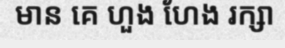
មាន គេ ហួង ហែង រក្សា